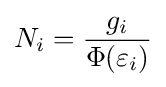
N_{i}={\frac {g_{i}}{\Phi (\varepsilon _{i})}}